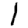
Digit: 1